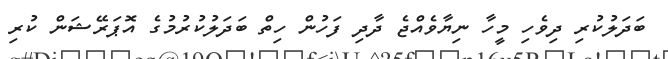
ބަދަލުކުރި ދިވެހި މީހާ ނިޔާވެއްޖެ ދާދި ފަހުން ހިތް ބަދަލުކުރުމުގެ އޮޕަރޭޝަން ކުރި